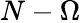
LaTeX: N-\Omega